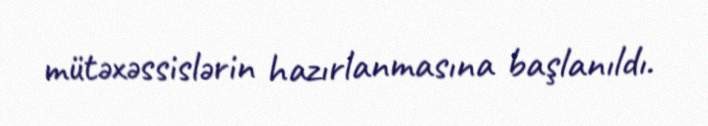
mütəxəssislərin hazırlanmasına başlanıldı.